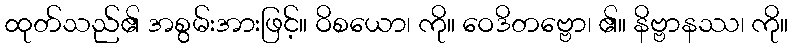
ထုတ်သည်၏ အစွမ်းအားဖြင့်။ ဝိစယော၊ ကို။ ဝေဒိတဗ္ဗော၊ ၏။ နိဗ္ဗာနဿ၊ ကို။